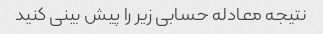
نتیجه معادله حسابی زیر را پیش بینی کنید